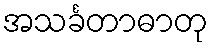
အသင်္ခတာဓာတု